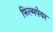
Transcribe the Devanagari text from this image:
फिल्मपेयर